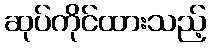
ဆုပ်ကိုင်ထားသည့်